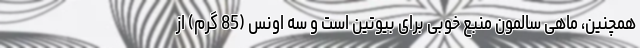
همچنین، ماهی سالمون منبع خوبی برای بیوتین است و سه اونس (85 گرم) از